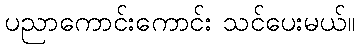
ပညာကောင်းကောင်း သင်ပေးမယ်။